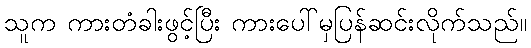
သူက ကားတံခါးဖွင့်ပြီး ကားပေါ်မှပြန်ဆင်းလိုက်သည်။